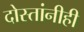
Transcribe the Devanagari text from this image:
दोस्तांनीही